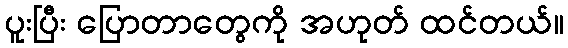
ပူးပြီး ပြောတာတွေကို အဟုတ် ထင်တယ်။